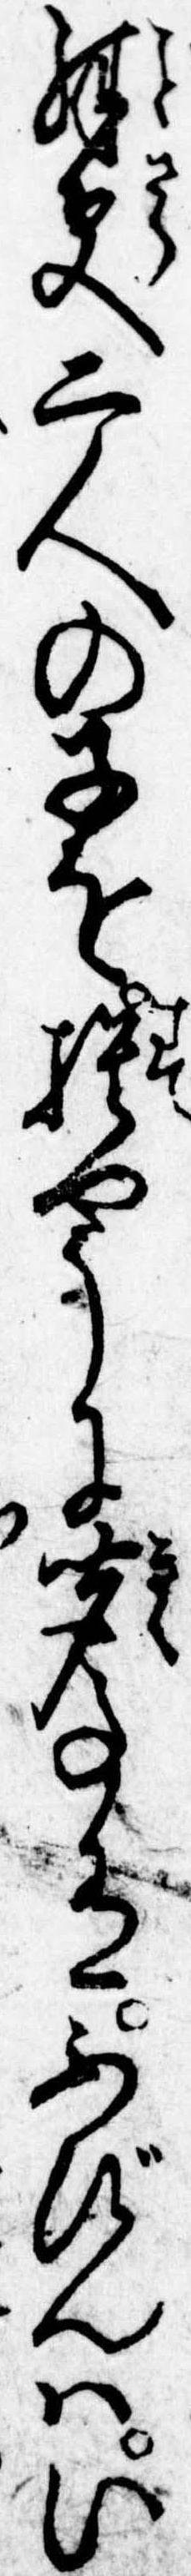
殊更二人の子を捨やうに聞事有ふびんはい